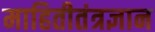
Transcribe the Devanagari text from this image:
माहितीतंत्रज्ञान